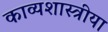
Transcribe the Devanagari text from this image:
काव्यशास्त्रीया